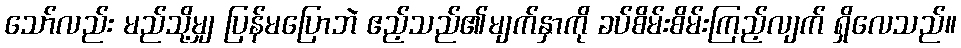
သော်လည်း မည်သို့မျှ ပြန်မပြောဘဲ ဧည့်သည်၏မျက်နှာကို ခပ်စိမ်းစိမ်းကြည့်လျက် ရှိလေသည်။